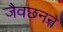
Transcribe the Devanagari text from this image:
जैवछनन